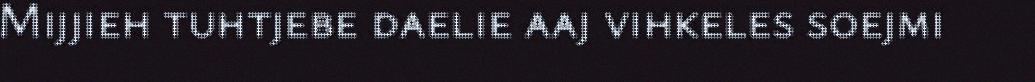
Mijjieh tuhtjebe daelie aaj vihkeles soejmi